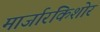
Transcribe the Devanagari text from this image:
मार्जारकिशोर